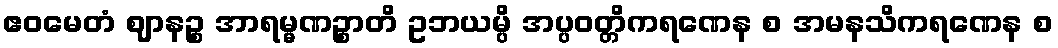
ဧဝမေတံ ဈာနဉ္စ အာရမ္မဏဉ္စာတိ ဥဘယမ္ပိ အပ္ပဝတ္တိကရဏေန စ အမနသိကရဏေန စ